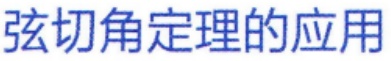
弦切角定理的应用